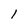
Character: 1